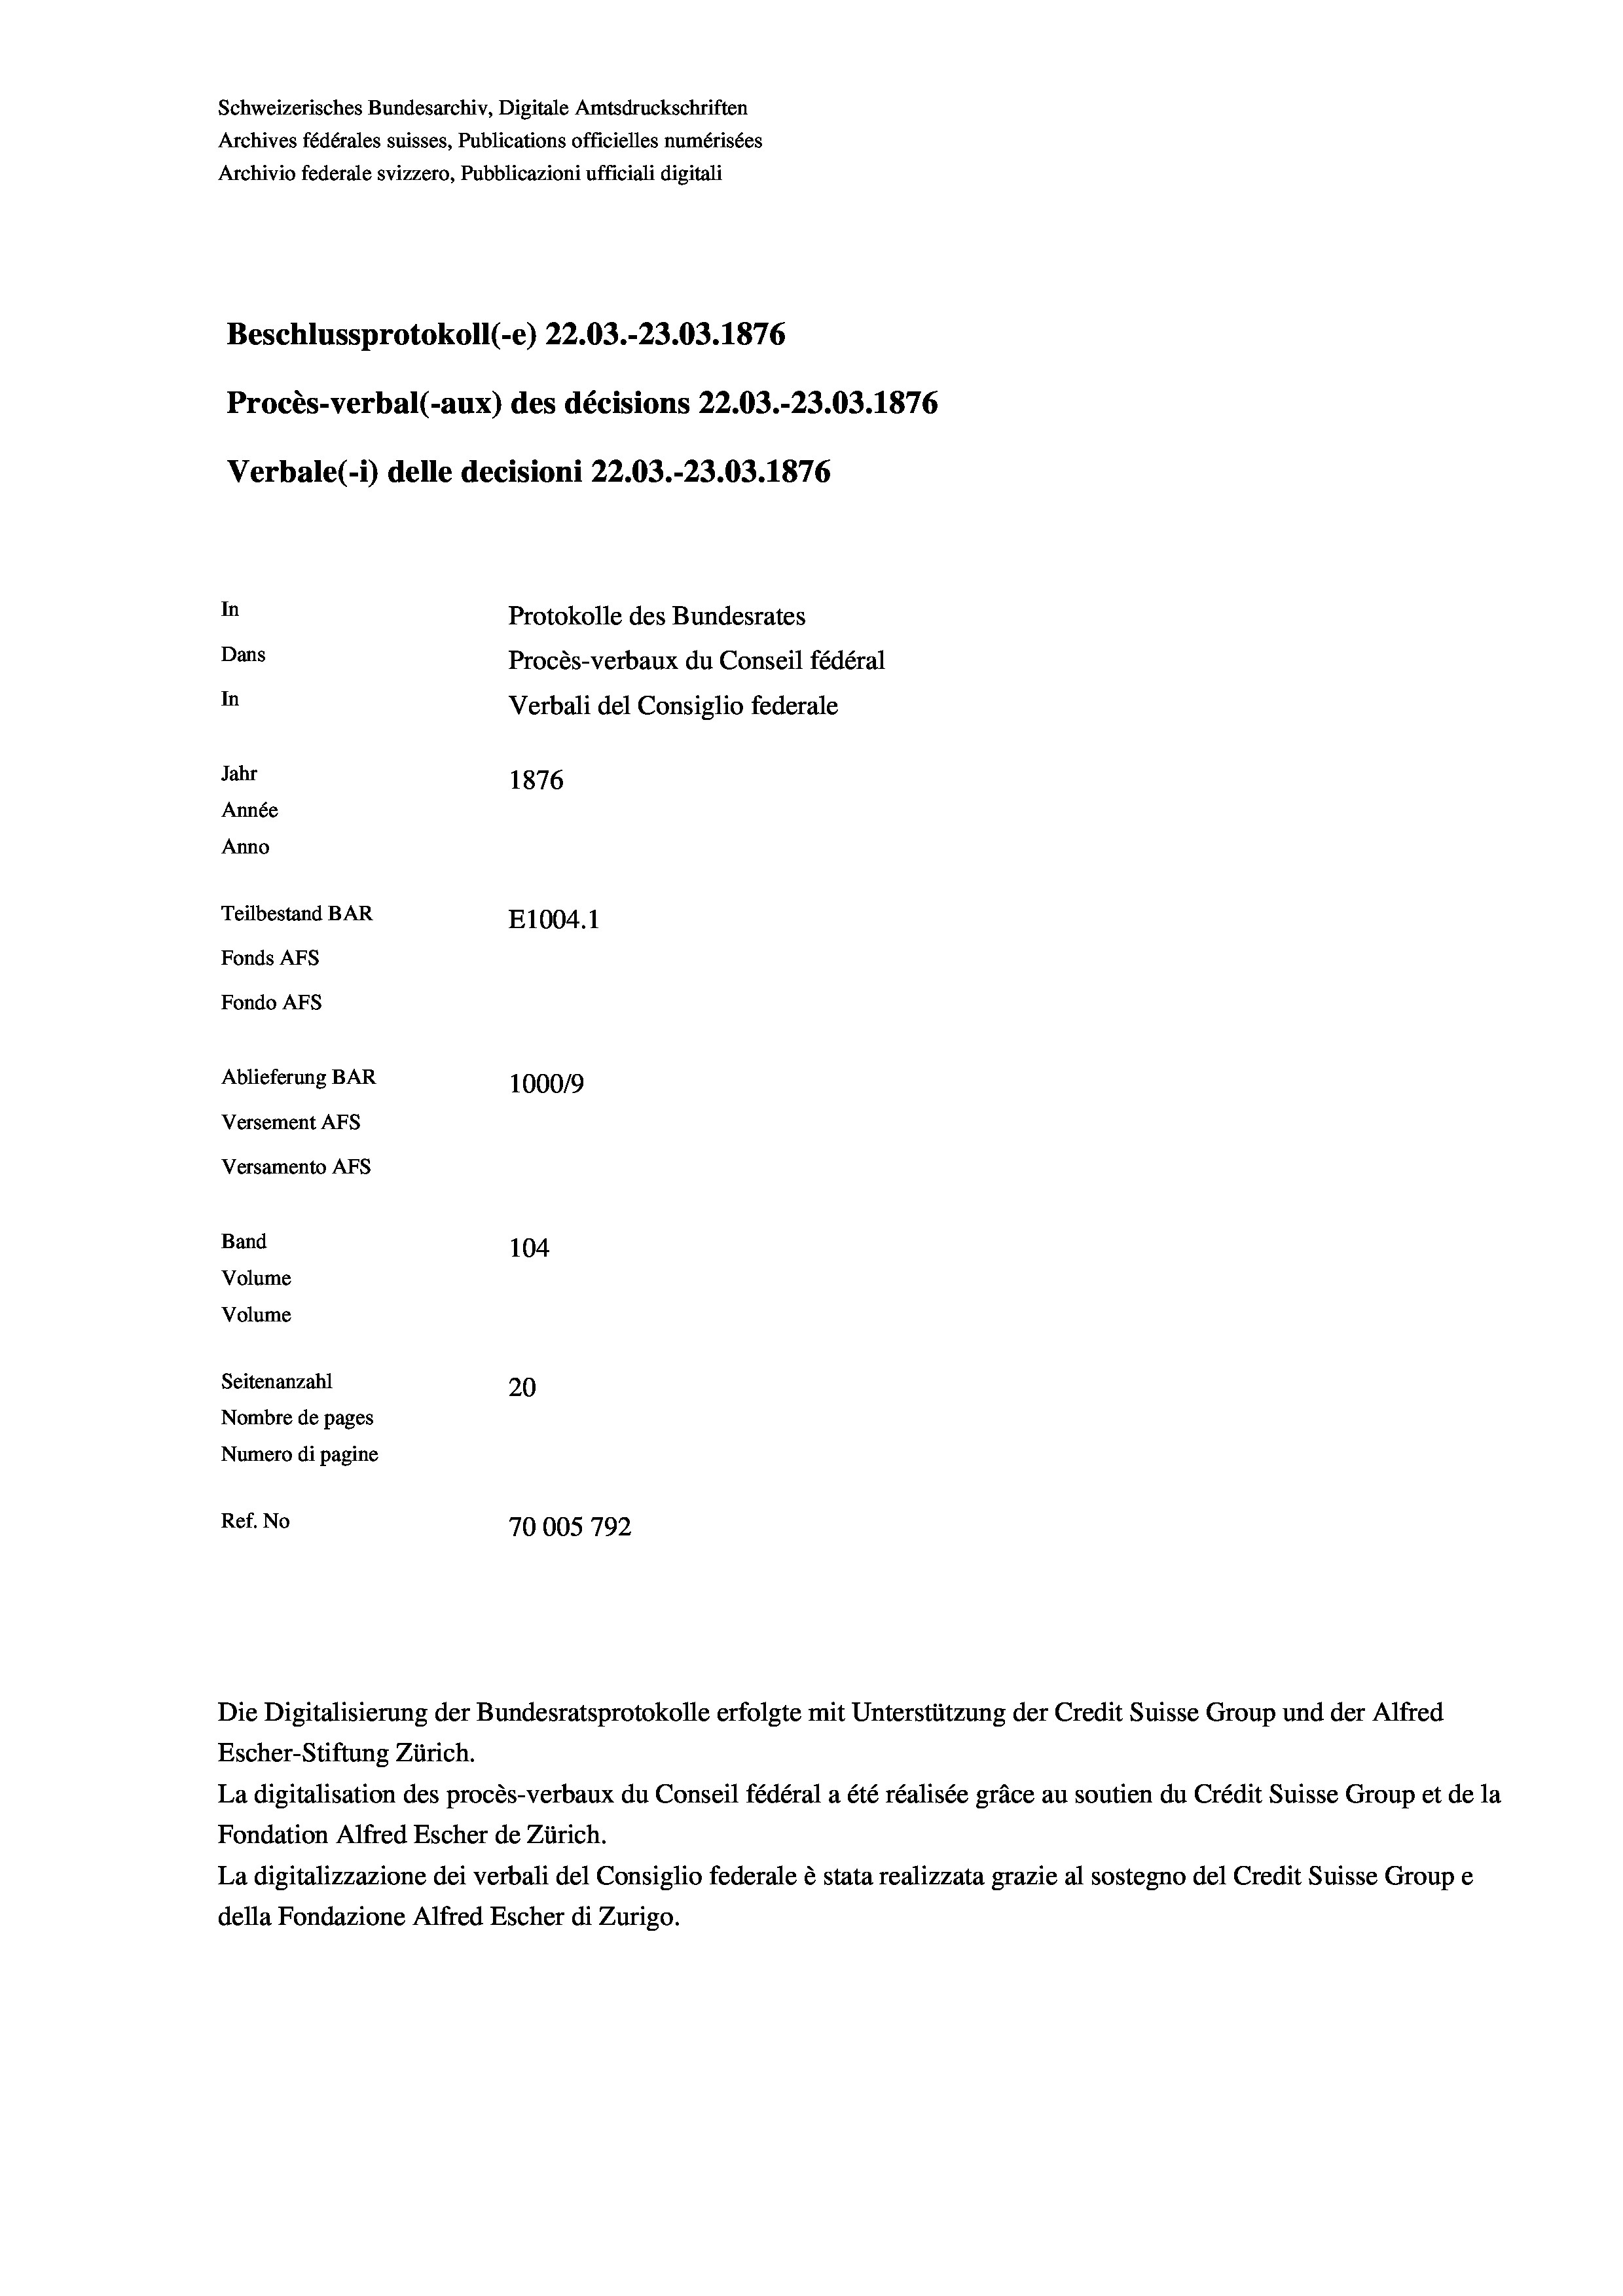
Schweizerisches Bundesarchiv, Digitale Amtsdruckschriften
Archives fédérales suisses, Publications officielles numérisées
Archivio federale svizzero, Pubblicazioni ufficiali digitali
Beschlussprotokoll (-e) 22.03.-23.03. 1876
Procès-verbal (-aux) des décisions 22.03.-23.03. 1876
Verbale(*) delle decisioni 22.03.-23.03. 1876
In
Protokolle des Bundesrates
Dans
Procès-verbaux du Conseil fédéral
In
Verbali del Consiglio federale
Jahr
1876
Année
Anno
Teilbestand BAR
E1004.1
Fonds AFs
Fondo Afs
Ablieferung BAR
100019
Versement AFs
Versamento Afs
Band
104
Volume
Volume

Seitenanzahl
20
Nombre de pages
Numero di pagine
Ref. No
70005 792

Die Digitalisierung der Bundesratsprotokolle erfolgte mit Unterstützung der Credit Suisse Group und der Alfred
Escher-Stiftung Zürich.
La digitalisation des procès-verbaux du Conseil fédéral a été réalisée gräce au soutien du Crédit Suisse Group et de la
Fondation Alfred Escher de Zürich.
La digitalizzazione dei verbali del Consiglio federale è stata realizzata grazie al sostegno del Credit Suisse Groupe
della Fondazione Alfred Escher di Zurigo.